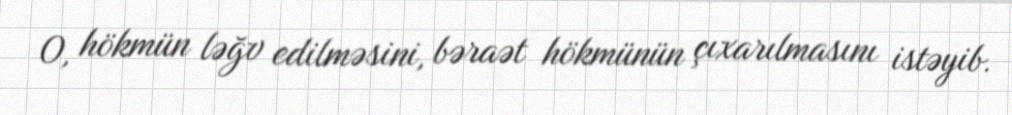
O, hökmün ləğv edilməsini, bəraət hökmünün çıxarılmasını istəyib.